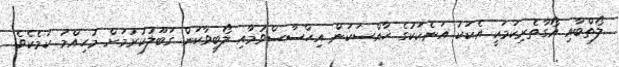
ލޯތްބާއި އޯގާތެރިކަމަކީ އެކަކު އަނެކަކުގެ ޚާއްސަކަން އިހްސާސްވުމާއި ލޯބިވާކަން ގަބޫލުކުރުމަށް މުހިއްމު ކަމެކެވެ.